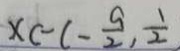
x c - ( - \frac { a } { 2 } , \frac { 1 } { 2 }